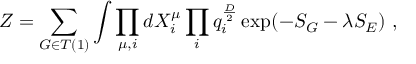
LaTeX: Z = \sum _ { G \in T ( 1 ) } \int \prod _ { \mu , i } d X _ { i } ^ { \mu } \prod _ { i } q _ { i } ^ { \frac { D } { 2 } } \exp ( - S _ { G } - \lambda S _ { E } ) \ ,